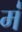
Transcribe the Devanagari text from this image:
मं॑